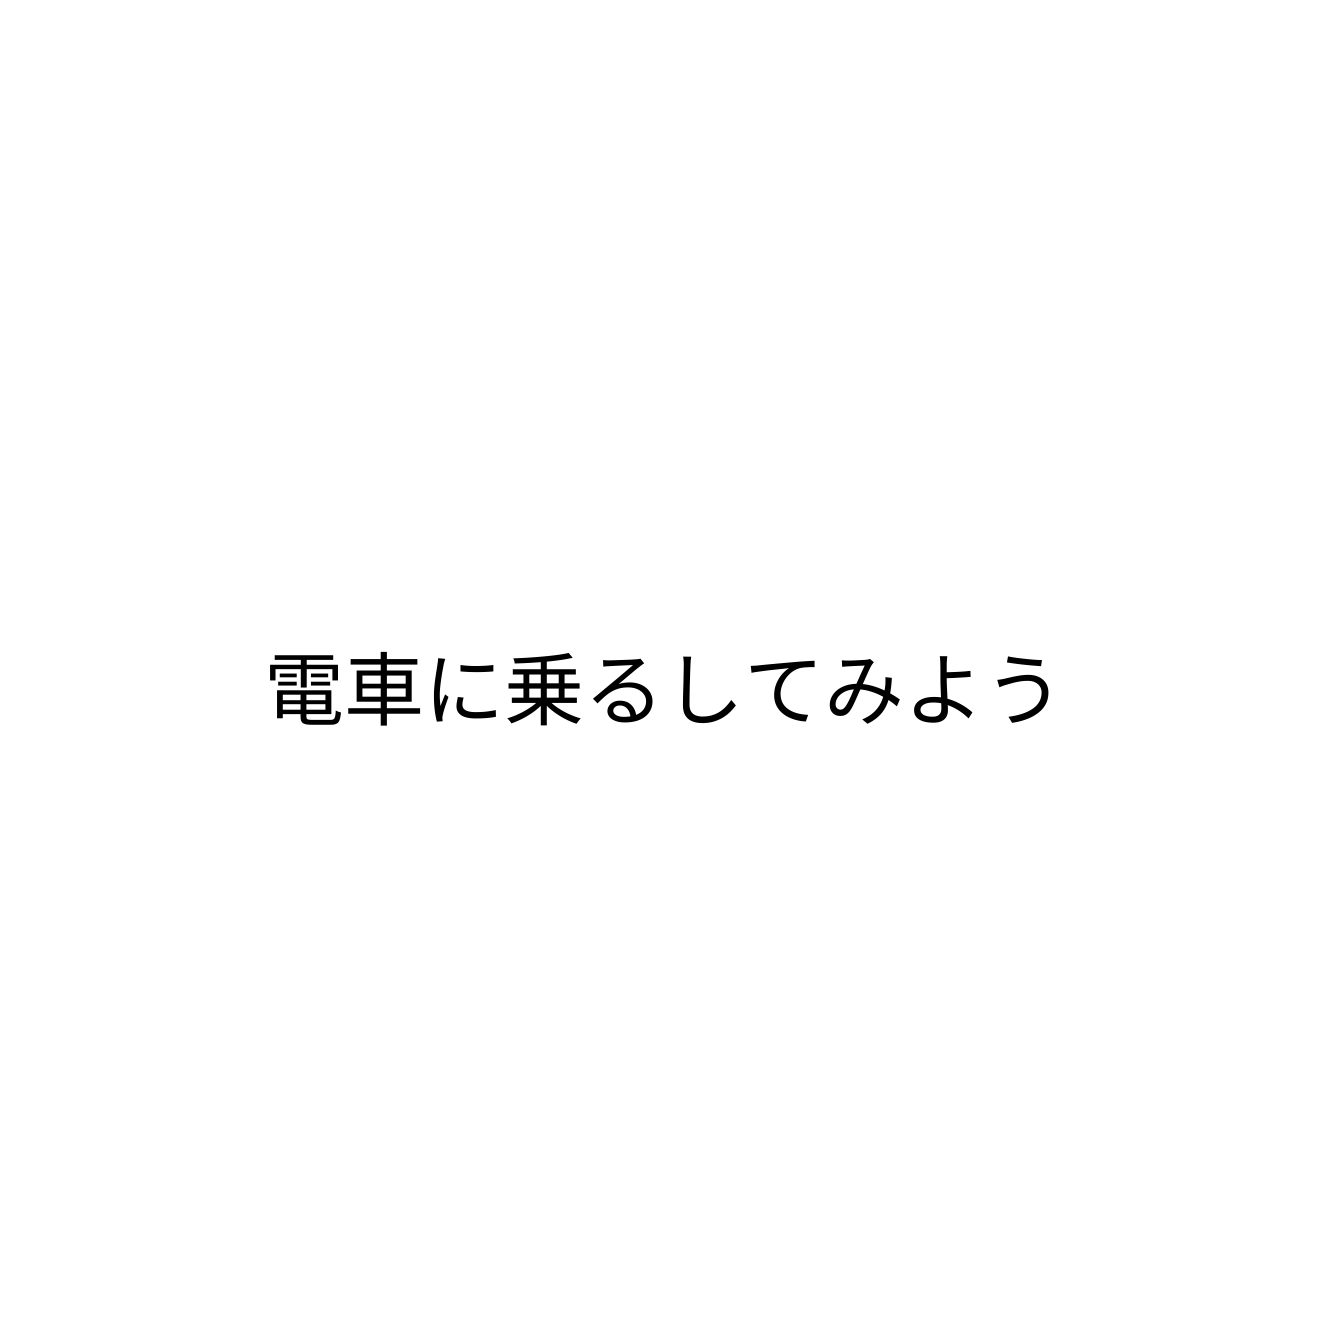
電車に乗るしてみよう